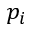
p _ { i }